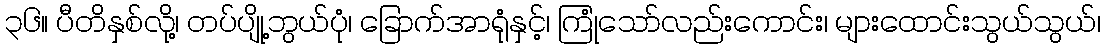
၃၆။ ပီတိနှစ်လို့၊ တပ်ပျို့ဘွယ်ပုံ၊ ခြောက်အာရုံနှင့်၊ ကြုံသော်လည်းကောင်း၊ များထောင်းသွယ်သွယ်၊